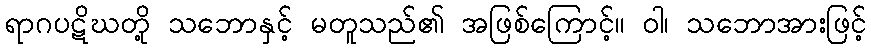
ရာဂပဋိဃတို့ သဘောနှင့် မတူသည်၏ အဖြစ်ကြောင့်။ ဝါ၊ သဘောအားဖြင့်